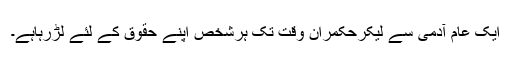
ایک عام آدمی سے لیکرحکمران وقت تک ہرشخص اپنے حقوق کے لئے لڑرہاہے۔